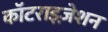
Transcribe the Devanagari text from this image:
कॉटराइज़ेशन